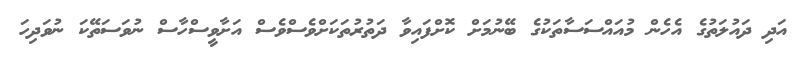
އަދި ދައުލަތުގެ އެހެން މުއައްސަސާތަކުގެ ބޭނުމަށް ކޮށްފައިވާ ދަތުރުތަކަށްވެސްވެސް އަށާވީސްހާސް ނުވަސަތޭކަ ނުވަދިހަ